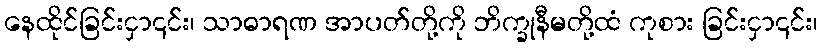
နေထိုင်ခြင်းငှာ၎င်း၊ သာဓာရဏ အာပတ်တို့ကို ဘိက္ခုနီမတို့ထံ ကုစား ခြင်းငှာ၎င်း၊